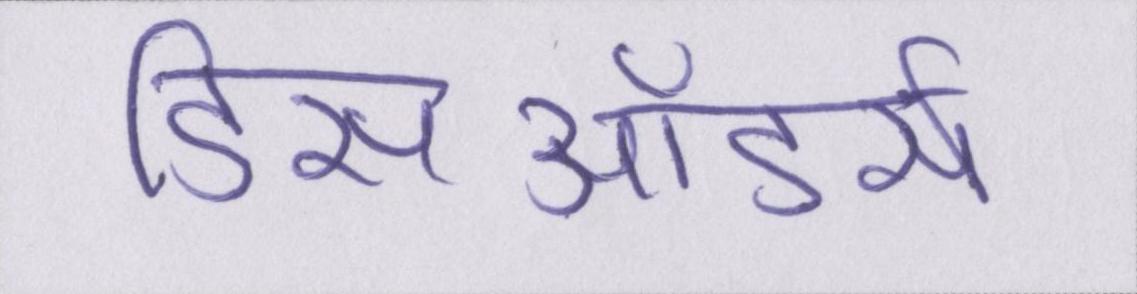
डिसऑडर्स